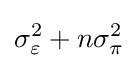
\sigma _{\varepsilon }^{2}+n\sigma _{\pi }^{2}